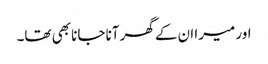
اور میرا ان کے گھر آنا جانا بھی تھا۔